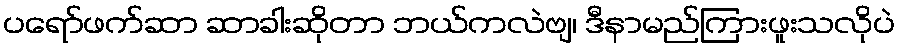
ပရော်ဖက်ဆာ ဆာခါးဆိုတာ ဘယ်ကလဲဗျ၊ ဒီနာမည်ကြားဖူးသလိုပဲ